Bulletin of the Pasteur Institute of Southern India, Coonoor - No. 2.
Year: 1909
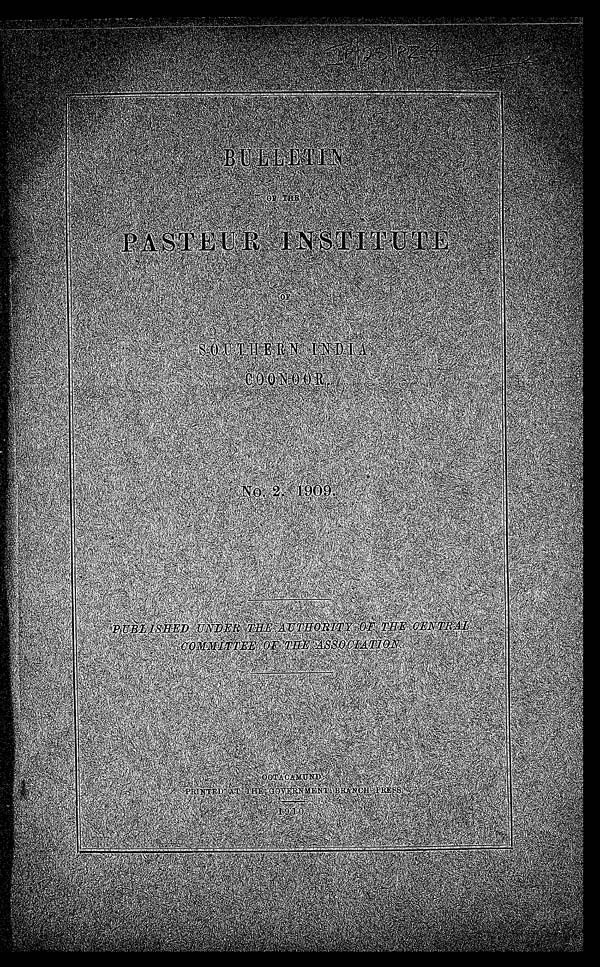
I P / 2 5 / P Z 4
I P
BULLETIN OF THE
PASTEUR INSTITUTE
OF SOUTHERN INDIA,
COONOOR. NO. 2. 1909.
PUBLISHED UNDER THE AUTHORITY OF THE CENTRAL
COMMITTEE OF THE ASSOCIATION.
OOTACAMUND: PRINTED AT THE GOVERNMENT BRANCH PRESS.
1910.